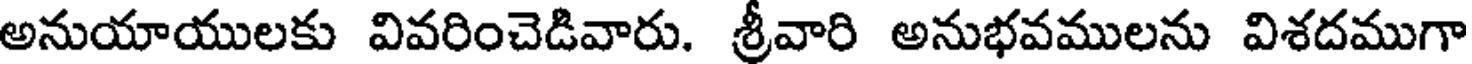
అనుయాయులకు వివరించెడివారు. శ్రీవారి అనుభవములను విశదముగా